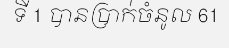
ទី 1 បានប្រាក់ចំនូល 61